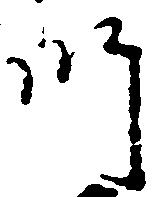
師